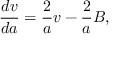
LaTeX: \frac { d v } { d a } = \frac 2 { a } v - \frac 2 { a } B ,